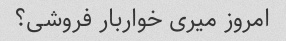
امروز میری خواربار فروشی؟